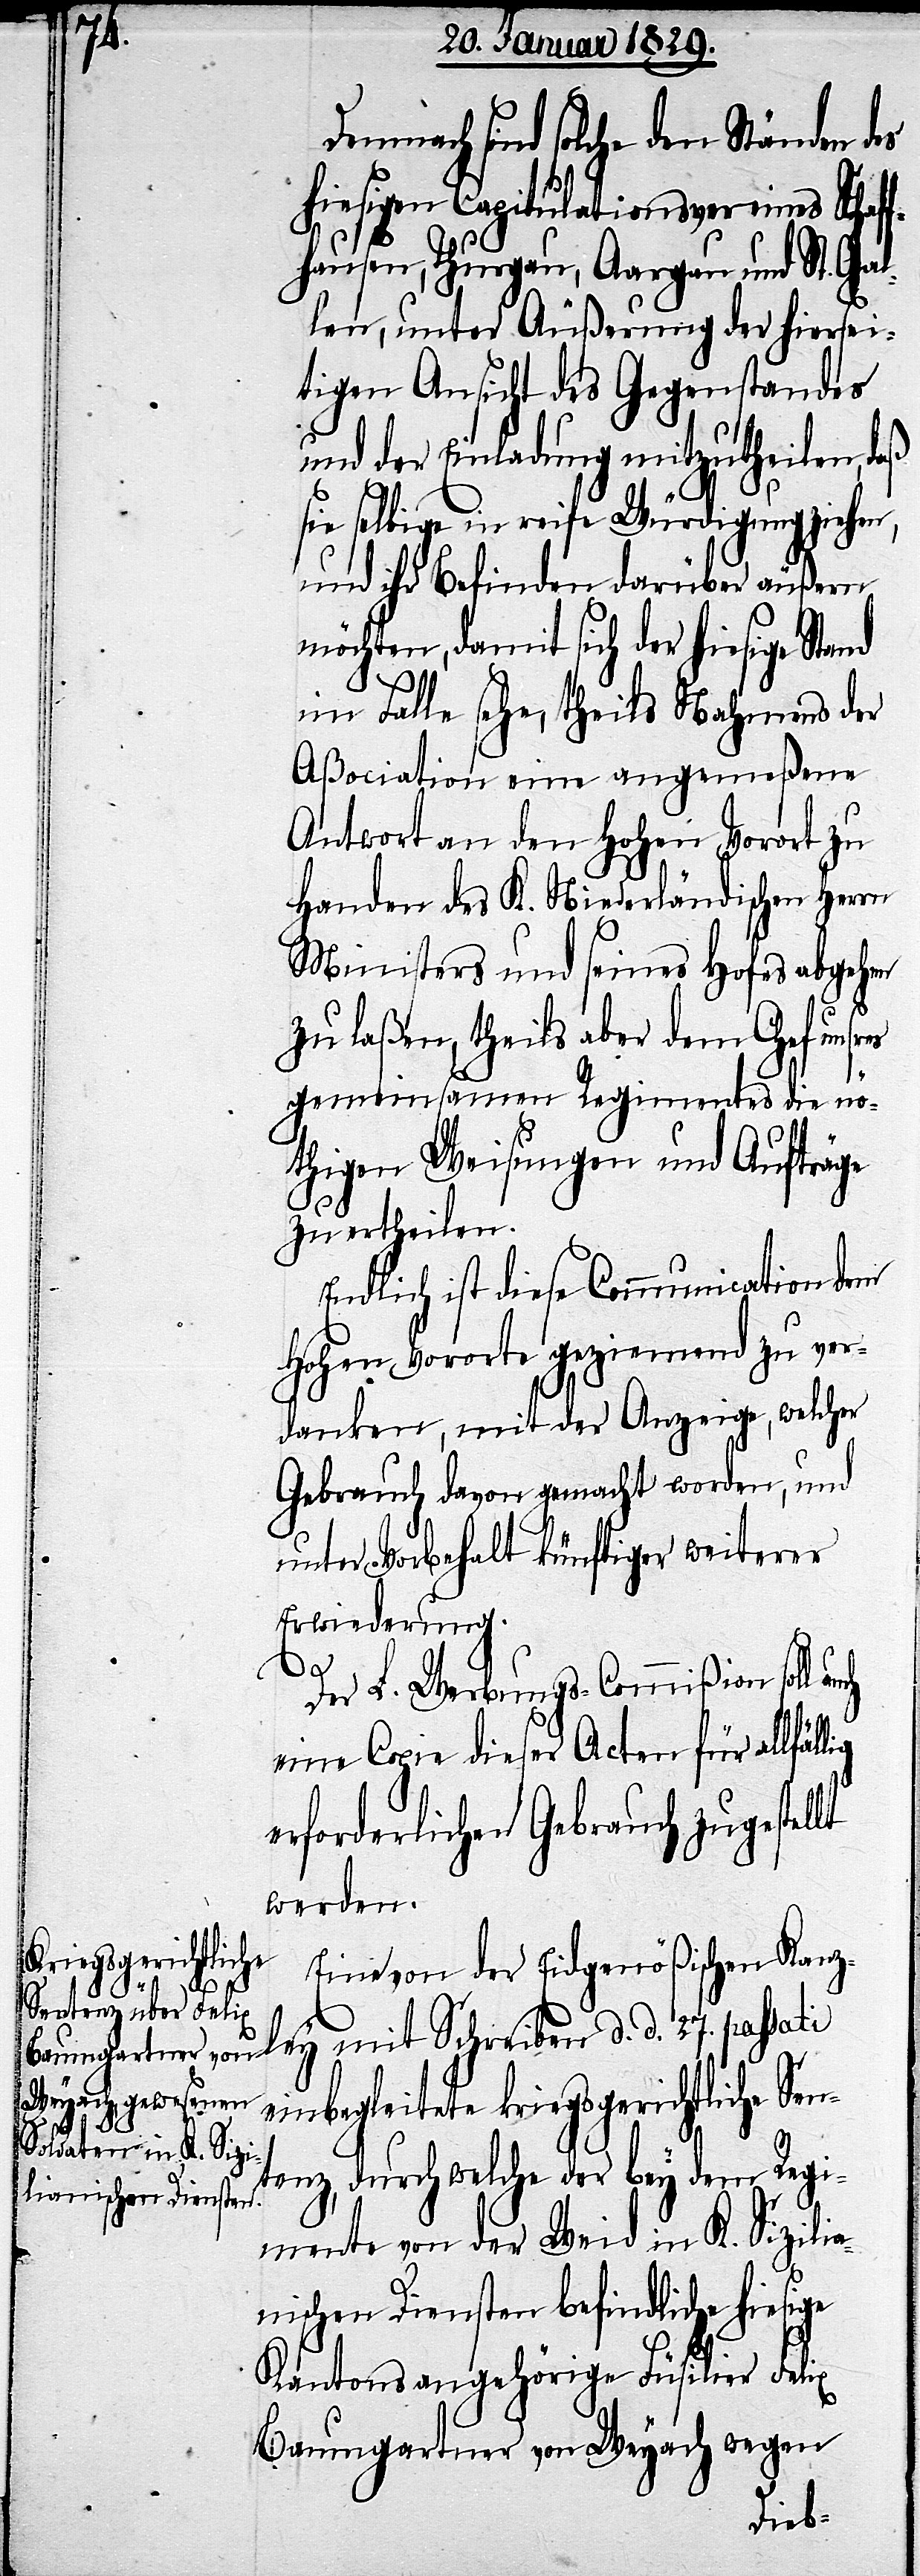
Demnach sind solche den Ständen des
hiesigen Capitulationsvereins Schaf¬
fhausen, Thurgau, Aargau und St. Gal¬
len, unter Äußerung der hiersei¬
tigen Ansicht des Gegenstandes
und der Einladung mitzutheilen, daß
sie selbige in reife Würdigung ziehen,
und ihr Befinden darüber äußern
möchten, damit sich der hiesige Stand
im Falle sehe, theils Nahmens der
Aßociation eine angemeßene
Antwort an den Hohen Vorort zu
Handen des K. Niederländischen Herrn
Ministers und seines Hofes abgehen
zu laßen, theils aber dem Chef unsr¬
es
gemeinsamen Regimentes die nö¬
thigen Weisungen und Aufträge
zu ertheilen.
Endlich ist diese Communication dem
Hohen Vororte geziemend zu ver¬
danken, mit der Anzeige, welcher
Gebrauch davon gemacht worden, und
unter Vorbehalt künftiger weiterer
Erwiederung.
lt
Der L. Werbungs-Commißion soll auch
eine Copie dieser Acten für allfäl¬
erforderlichen Gebrauch zugestel¬
werden.
Eine von der Eidgenößischen Kanz¬
ley mit Schreiben d. d. 27. passati
einbegleitete kriegsgerichtliche Sen¬
tenz, durch welcher der bey dem Regi¬
mente von der Weid in K. Sizilia¬
nischen Diensten befindliche hiesige
Kantonsangehörige Füsilier Felix
Baumgartner von Weyach wegen